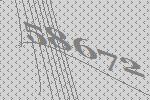
58672